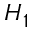
H _ { 1 }